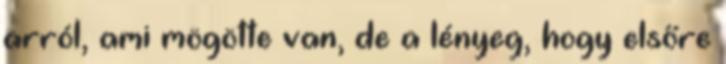
arról, ami mögötte van, de a lényeg, hogy elsőre